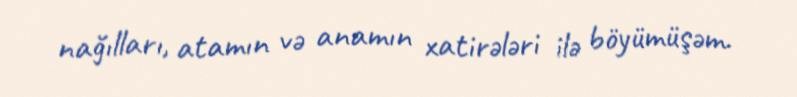
nağılları, atamın və anamın xatirələri ilə böyümüşəm.